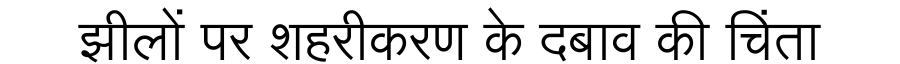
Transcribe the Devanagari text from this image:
झीलों पर शहरीकरण के दबाव की चिंता